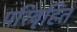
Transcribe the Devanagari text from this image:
परिबृहित